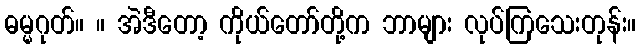
ဓမ္မဂုတ်။ ။ အဲဒီတော့ ကိုယ်တော်တို့က ဘာများ လုပ်ကြသေးတုန်း။